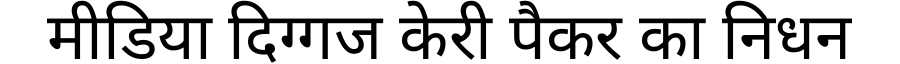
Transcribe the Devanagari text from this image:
मीडिया दिग्गज केरी पैकर का निधन